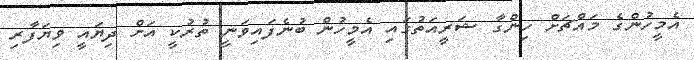
އެމީހުންގެ މައްޗަށް ހިންގާ ޝަރީއަތުގައި އެމީހުން ބުނެފައިވަނީ ތުރުކީ އަށް ދިޔައީ ވިޔަފާރި